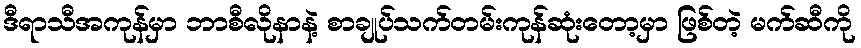
ဒီရာသီအကုန်မှာ ဘာစီလိုနာနဲ့ စာချုပ်သက်တမ်းကုန်ဆုံးတော့မှာ ဖြစ်တဲ့ မက်ဆီကို